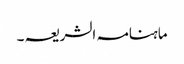
ماہنامہ الشریعہ ۔